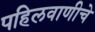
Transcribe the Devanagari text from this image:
पहिलवाणीचे